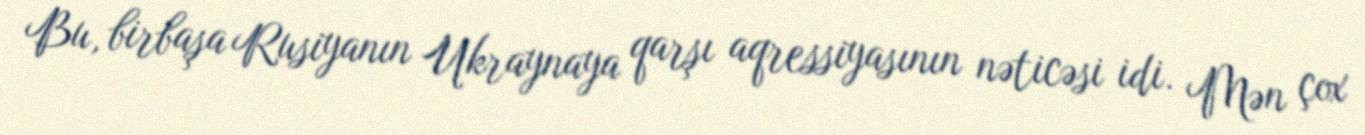
Bu, birbaşa Rusiyanın Ukraynaya qarşı aqressiyasının nəticəsi idi. Mən çox